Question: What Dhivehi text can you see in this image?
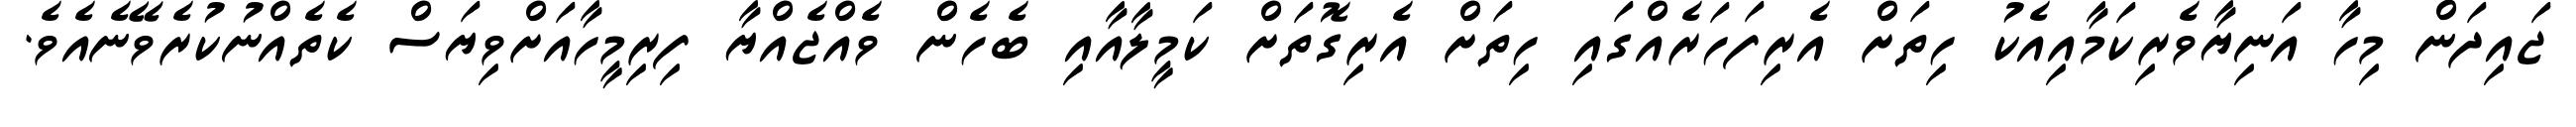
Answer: ޖައިދަން މިހާ އަނިޔާވެރިކަމާއިއެކު ހިތަށް އެރިފަހަރެއްގައި ހިތަށް އެރިގޮތަށް ކަމީލާއާއި ބެހެން ވެއްޖެއްޔާ ފިރިމީހާއަށްވިޔަސް ކެތެއްނުކުރެވޭނެއެވެ.